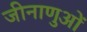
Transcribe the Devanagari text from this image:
जीनाणुओं